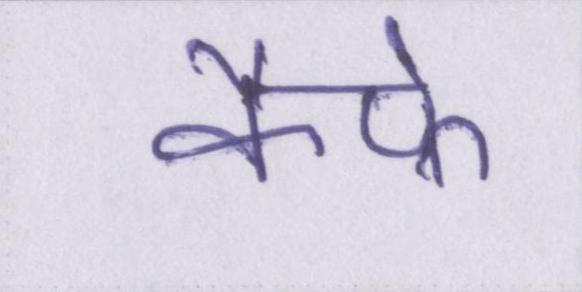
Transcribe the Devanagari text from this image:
कैफ़े